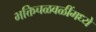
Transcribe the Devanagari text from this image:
भक्तिचळवळींमध्ये